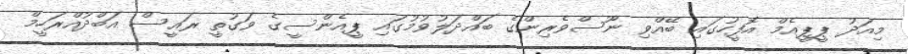
މިއަދު ޕީޕީއެމް އޮފީހުގައި ބޭއްވި ނޫސްވެރިންގެ ބައްދަލުވުމުގައި ޕީއެންސީގެ ވަގުތީ ރައީސް އަބްދުއްރަހީމް